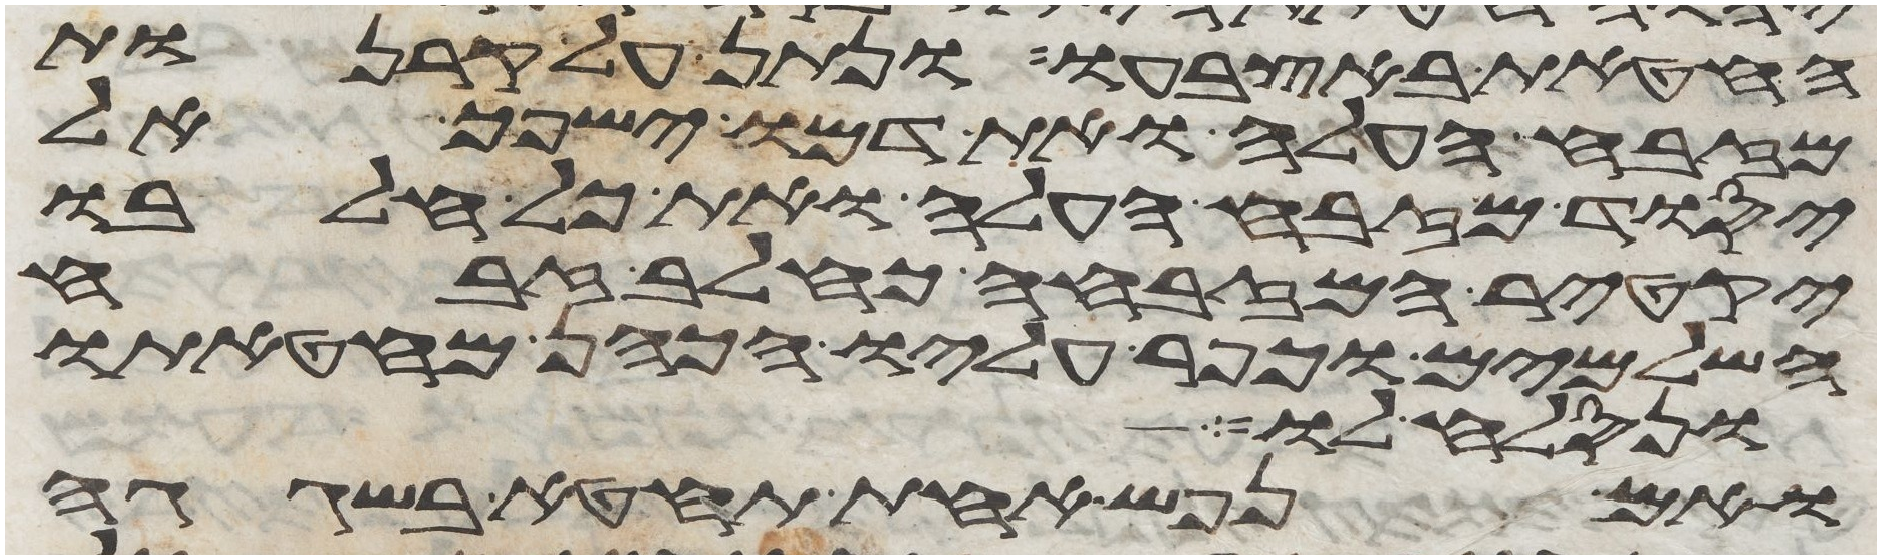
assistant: החטאת באצבעו ונתן על קרנות
מזבח העלה ואת דמו ישפך אל
יסוד מזבח העלה ואת כל חלבו
יקטיר המזבחה כחלב זבח
השלמים וכפר עליו הכהן מחטאתו
ונסלח לו
ואם נפש אחת תחטא בשגגה